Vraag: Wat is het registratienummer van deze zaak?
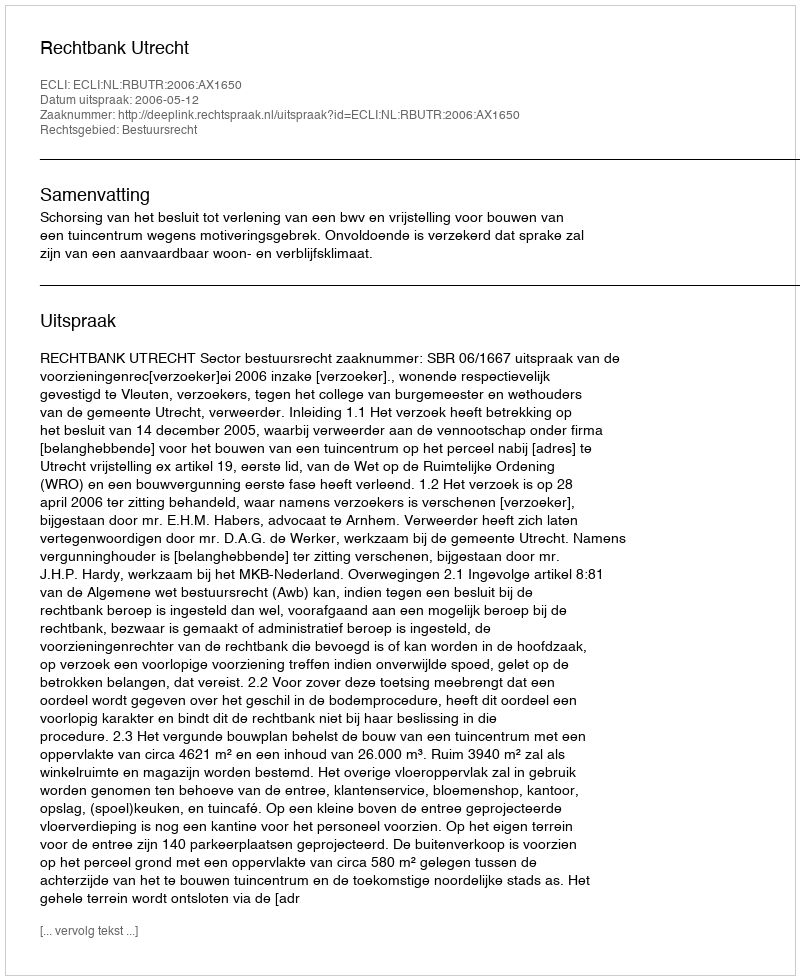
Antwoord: http://deeplink.rechtspraak.nl/uitspraak?id=ECLI:NL:RBUTR:2006:AX1650